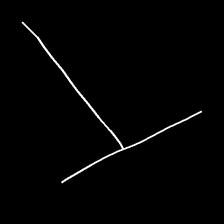
Glyph: column